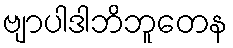
ဗျာပါဒါဘိဘူတေန